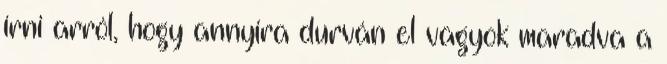
írni arról, hogy annyira durván el vagyok maradva a